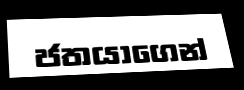
ජතයාගෙන්